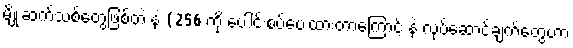
မျိုးဆက်သစ်တွေဖြစ်တဲ့ နဲ့ (256 ကို ပေါင်းစပ်ပေးထားတာကြောင့် နဲ့ လုပ်ဆောင်ချက်တွေဟာ